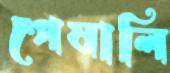
পেষালি